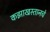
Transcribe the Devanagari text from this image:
कझाखस्तानचे